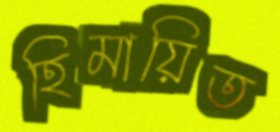
হিমায়িত